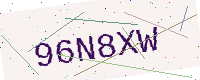
Text: 96N8XW